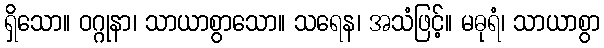
ရှိသော။ ဝဂ္ဂုနာ၊ သာယာစွာသော။ သရေန၊ အသံဖြင့်။ မဓုရံ၊ သာယာစွာ